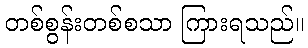
တစ်စွန်းတစ်စသာ ကြားရသည်။